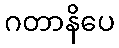
ဂတာနိပေ